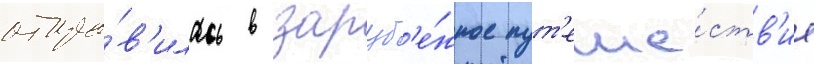
отпра́в'илась в заруб'е́жное пут'еше́ств'ие